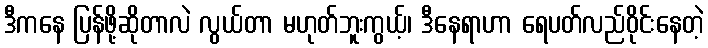
ဒီကနေ ပြန်ဖို့ဆိုတာလဲ လွယ်တာ မဟုတ်ဘူးကွယ့်၊ ဒီနေရာဟာ ရေပတ်လည်ဝိုင်းနေတဲ့